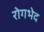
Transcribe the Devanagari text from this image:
रोगभेद